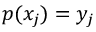
p ( x _ { j } ) = y _ { j }